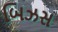
બિઝસ